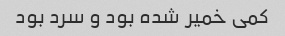
کمی خمیر شده بود و سرد بود